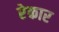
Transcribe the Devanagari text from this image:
रेकार